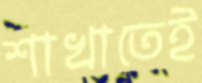
শাখাতেই